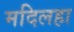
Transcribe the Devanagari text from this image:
मदिलहा